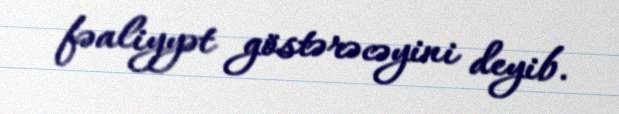
fəaliyyət göstərəcəyini deyib.